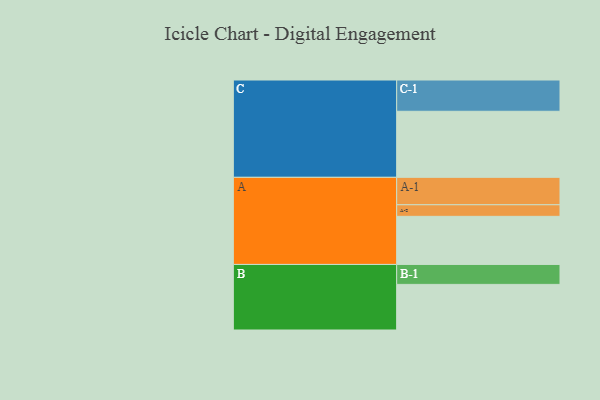
{"axis": {"x": "Segment", "y": "Value"}, "legend": ["", "A", "B", "C"], "data": [{"x": "A", "y": 386, "type": ""}, {"x": "B", "y": 366, "type": ""}, {"x": "C", "y": 530, "type": ""}, {"x": "A-1", "y": 220, "type": "A"}, {"x": "A-2", "y": 93, "type": "A"}, {"x": "B-1", "y": 160, "type": "B"}, {"x": "C-1", "y": 251, "type": "C"}]}